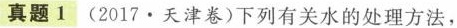
真题1 (2017·天津卷)下列有关水的处理方法，